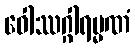
ဝေါဿဂ္ဂါရမ္မဏံ